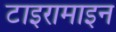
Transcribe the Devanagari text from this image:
टाइरामाइन